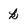
Character: k